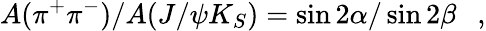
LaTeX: A(\pi^{+}\pi^{-})/A(J/\psi K_{S})=\sin 2\alpha/\sin 2\beta~~~,